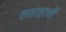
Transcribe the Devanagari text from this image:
सप्ताहाची